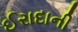
ઈરાદાની